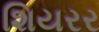
શિયરર